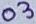
Text: 03